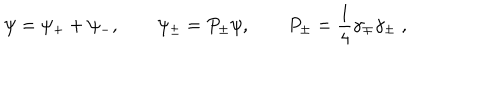
\psi = \psi _ { + } + \psi _ { - } , \qquad \psi _ { \pm } = P _ { \pm } \psi , \qquad P _ { \pm } = \frac { 1 } { 4 } \gamma _ { \mp } \gamma _ { \pm } \; ,